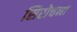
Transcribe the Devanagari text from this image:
सिरोचना